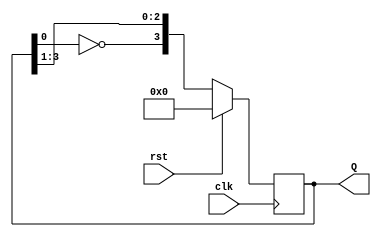
module johnson(output reg[3:0] Q,input clk,rst);
always@(posedge clk)
begin
if(rst)
Q<=4'b0000;
else
Q<={~Q[0],Q[3:1]};
end
endmodule